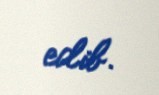
edib.